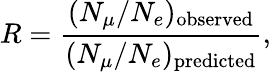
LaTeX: R=\frac{(N_{\mu}/N_{e})_{\mathrm{observed}}}{(N_{\mu}/N_{e})_{\mathrm{predicted}}},